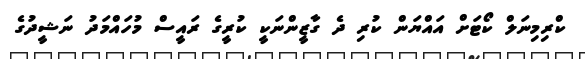
ކްރިމިނަލް ކޯޓަށް އައްޔަން ކުރި ދެ ގާޒީންނަކީ ކުރީގެ ރައީސް މުހައްމަދު ނަޝީދުގެ